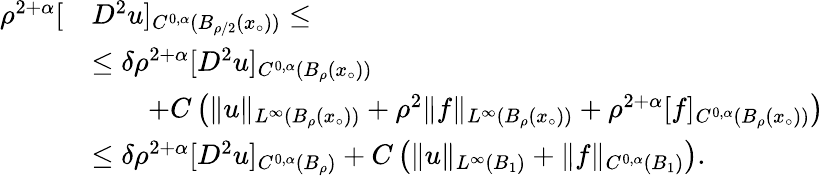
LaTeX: \begin{array}{rl}{\rho^{2+\alpha}[}&{D^{2}u]_{C^{0,\alpha}(B_{\rho/2}(x_{\circ}))}\le}\\ &{\le\delta\rho^{2+\alpha}[D^{2}u]_{C^{0,\alpha}(B_{\rho}(x_{\circ}))}}\\ &{\qquad+C\left(\| u\| _{L^{\infty}(B_{\rho}(x_{\circ}))}+\rho^{2}\| f\| _{L^{\infty}(B_{\rho}(x_{\circ}))}+\rho^{2+\alpha}[f]_{C^{0,\alpha}(B_{\rho}(x_{\circ}))}\right)}\\ &{\le\delta\rho^{2+\alpha}[D^{2}u]_{C^{0,\alpha}(B_{\rho})}+C\left(\| u\| _{L^{\infty}(B_{1})}+\| f\| _{C^{0,\alpha}(B_{1})}\right).}\end{array}